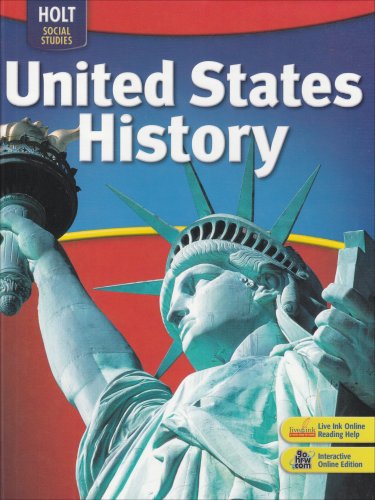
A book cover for Holt Social Studies: United States History: Student Edition Full Survey 2007; RINEHART AND WINSTON HOLT; Children's Books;